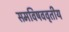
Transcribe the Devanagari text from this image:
समविषववृतीय